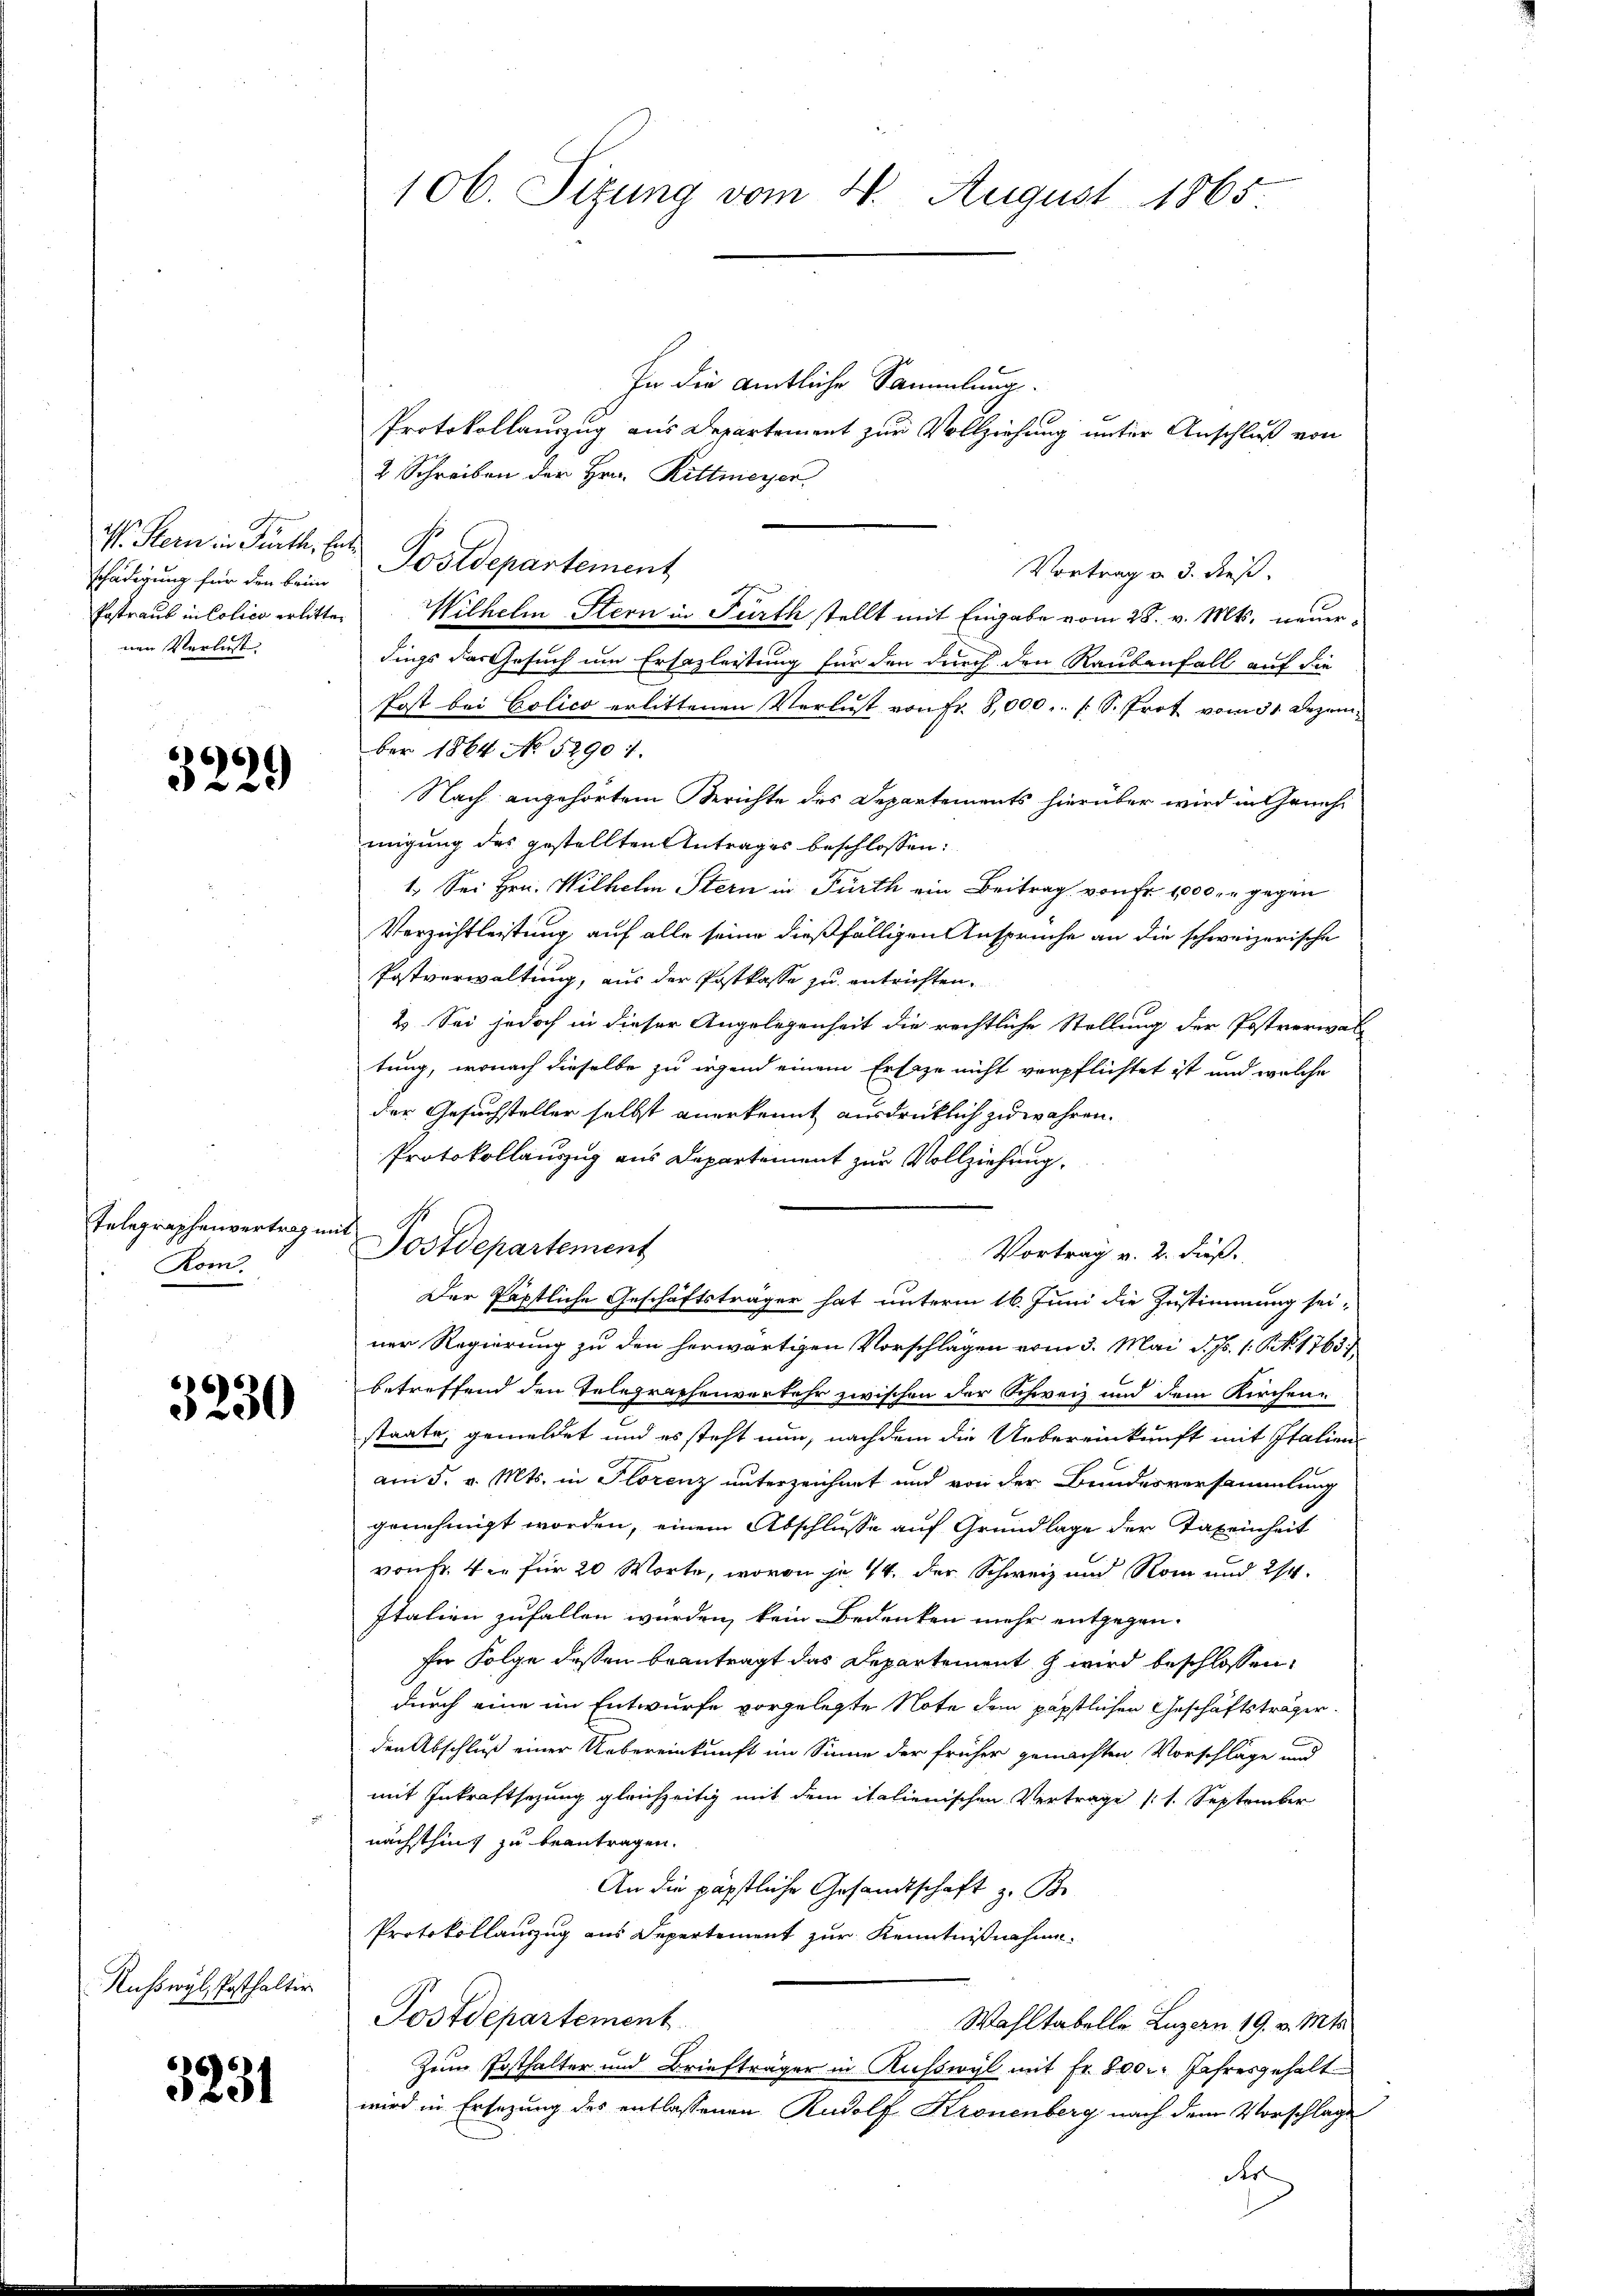
schädigung für den brin
nen Verlust. |

66)
222

Telegraphenvertrag n
Kom.

666)
250

Ruhswyl, Posthalter

5231

106. Sizung vom 4. August 1865.

In die amtliche Sammlung.
Protokollauszug aus Departement zur Vollziehung unter Anschluß von
2 Schreiben der Hrn. Rittmeyer
W. Stern in Parth. Ent Postdepartement
Vortrag u. 3. dieß.
Postraub in Colico erlitten Wilhelm Stern in Fürth stellt mit Eingabe vom 28. v. Mts. neuerdings das Gesuch um Ersezleitung für den durch den Raubenfall auf die
Post bei Polico erlittenen Verlust von Fr. 8,000. [S. Prot vom 31. Dezember 1864 No 52901.
Nach angehörtem Berichte des Departements hierüber wird in Genehmigung des gestellten Antrages beschlossen:
1. Sei Hrn. Wilhelm Stern in Fürth ein Beitrag von Fr. 1000. r gegen
Verzichtleistung auf alle seine dießfälligen Ansprüche an die schweizerische
Postverwaltung, aus der Postkasse zu entrichten.
2. Sei jedoch in dieser Angelegenheit die rechtliche Stellung der Postverwal-
tung, wonach dieselbe zu irgend einem Ersage nicht verpflichtet ist und welche
der Gesuchsteller selbst anerkennt ausdrücklich zu währen.
Protokollauszug aus Departement zur Vollziehung.
ach d
Sostdepartement
Vortrag v. 2. dieß.
Der Päpstliche Geschäftsträger hat unterm 16. Juni die Zustimmung sei-
ner Regierung zu den herwärtigen Vorschlägen vom 3. Mai d. Js. s. S. 1763./
betreffend den Telegraphenverkehr zwischen der Schweiz und dem Kirchen
staate, gemeldet und es steht nun, nachdem die Uebereinkunft mit Italienam 5. v. Mts. in Florenz unterzeichnet und von der Bundesversammlung
genehmigt worden, einem Abschlüsse auf Grundlage der Taxeinheit
von Fr. 4 für 20 Worte, wovon je 14. der Schweiz und Rom und 214.
Italien zufallen würden, kein Bedenken mehr entgegen.
für Folge dessen beantragt das Departement g wird beschlossen:
durch eine im Entwurfe vorgelegte Note dem päpstlichen Geschäftsträger
den Abschluß einer Uebereinkunft im Sinne der früher gemachten Vorschläge und
mit Inkraftsezung gleichzeitig mit dem italienischen Vertrage (1. September
nächsthing zu beantragen.
An die päpstliche Gesandtschaft z. B.
Protokollauszug aus Depertement zur Kenntnißnahme.
Postdepartement
Wahltabelle Luzern 19. v. Mts.
Zum Posthalter und Briefträger in Kufswyl mit Fr. 800. Jahresgehalt
wird in Ersezung des entlassenen Rudolf Kronenberg nach dem Vorschlage
der